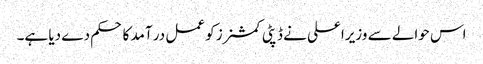
اس حوالے سے وزیراعلی نے ڈپٹی کمشنرز کو عمل در آمد کا حکم دے دیا ہے۔